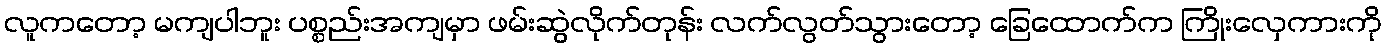
လူကတော့ မကျပါဘူး ပစ္စည်းအကျမှာ ဖမ်းဆွဲလိုက်တုန်း လက်လွတ်သွားတော့ ခြေထောက်က ကြိုးလှေကားကို